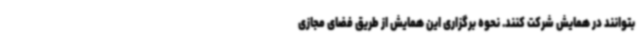
بتوانند در همایش شرکت کنند. نحوه برگزاری این همایش از طریق فضای مجازی